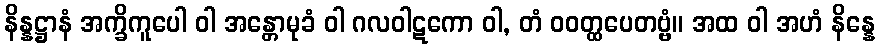
နိန္နဋ္ဌာနံ အက္ခိကူပေါ ဝါ အန္တောမုခံ ဝါ ဂလဝါဋကော ဝါ, တံ ဝဝတ္ထပေတဗ္ဗံ။ အထ ဝါ အဟံ နိန္နေ